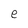
Character: e